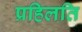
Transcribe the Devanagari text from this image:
प्रहिलति